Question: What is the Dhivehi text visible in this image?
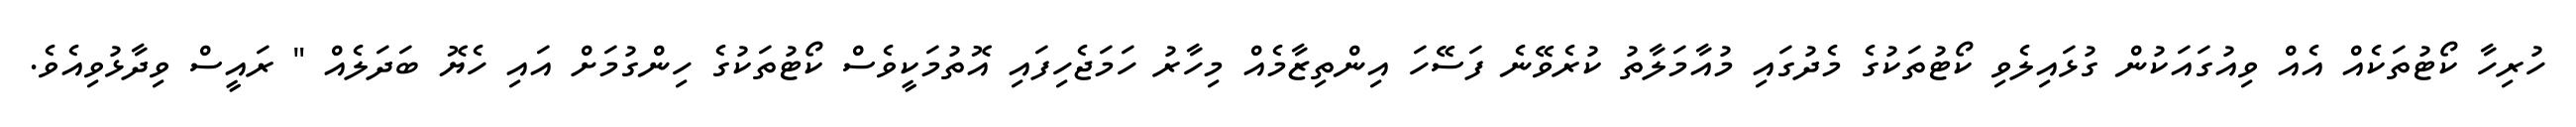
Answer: ހުރިހާ ކޯޓުތަކެއް އެއް ވިއުގައަކުން ގުޅައިލެވި ކޯޓުތަކުގެ މެދުގައި މުއާމަލާތު ކުރެވޭނެ ފަސޭހަ އިންތިޒާމެއް މިހާރު ހަމަޖެހިފައި އޮތުމަކީވެސް ކޯޓުތަކުގެ ހިންގުމަށް އައި ހެޔޮ ބަދަލެއް " ރައީސް ވިދާޅުވިއެވެ.